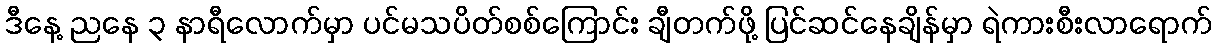
ဒီနေ့ ညနေ ၃ နာရီလောက်မှာ ပင်မသပိတ်စစ်ကြောင်း ချီတက်ဖို့ ပြင်ဆင်နေချိန်မှာ ရဲကားစီးလာရောက်